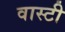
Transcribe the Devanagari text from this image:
वास्टी